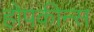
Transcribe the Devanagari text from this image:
होपकीन्स